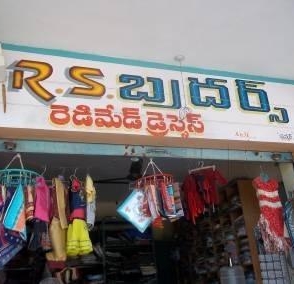
Language: telugu
Transcription: ద్రేసేస్ బ్రదర్స్ రెడిమెడ్